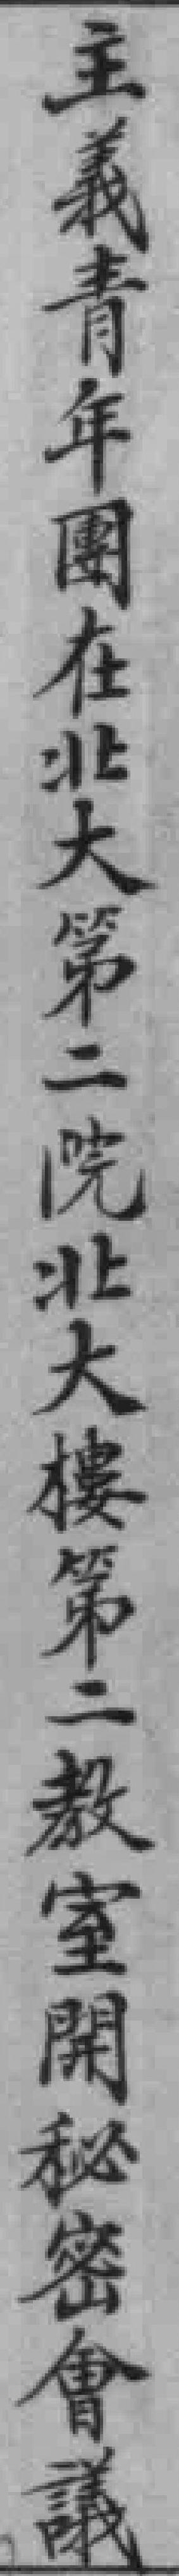
主義青年團在北大第二院北大樓第二教室開秘密會議